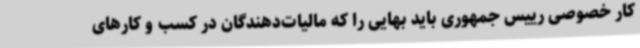
کار خصوصی رییس جمهوری باید بهایی را که مالیات‌دهندگان در کسب و کارهای